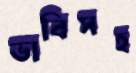
ভাবিসহ